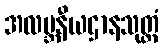
အလဗ္ဘနီယဌာနသုတ္တံ